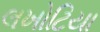
લખોટિયા